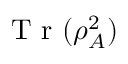
\mathrm { ~ T ~ r ~ } ( \rho _ { A } ^ { 2 } )